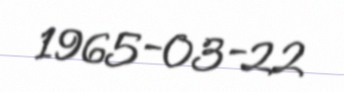
1965-03-22